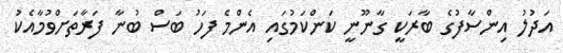
އަދުލު އިންސާފުގެ ބާރަކީ ގާނޫނީ ކަންކަމުގައި އެންމެ ފަހު ބަސް ބުނާ ފަރާތަށްވުމާއެކު